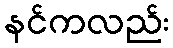
နင်ကလည်း